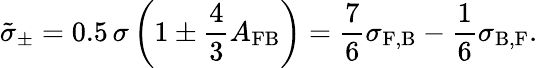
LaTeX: {\tilde{\sigma}}_{\pm}=0.5\, \sigma\left(1\pm\frac{4}{3}A_{\mathrm{FB}}\right)=\frac{7}{6}\sigma_{\mathrm{F,B}}-\frac{1}{6}\sigma_{\mathrm{B,F}}.